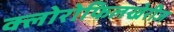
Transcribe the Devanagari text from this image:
क्लोरोफिलखेरीज